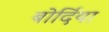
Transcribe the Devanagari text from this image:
बोर्दिया